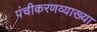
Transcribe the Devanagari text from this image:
पंचीकरणव्याख्या